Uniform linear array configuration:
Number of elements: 64
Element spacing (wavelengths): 1
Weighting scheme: exponential
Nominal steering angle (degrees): -60
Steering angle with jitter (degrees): -61.489
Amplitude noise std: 0.05
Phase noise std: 0.05

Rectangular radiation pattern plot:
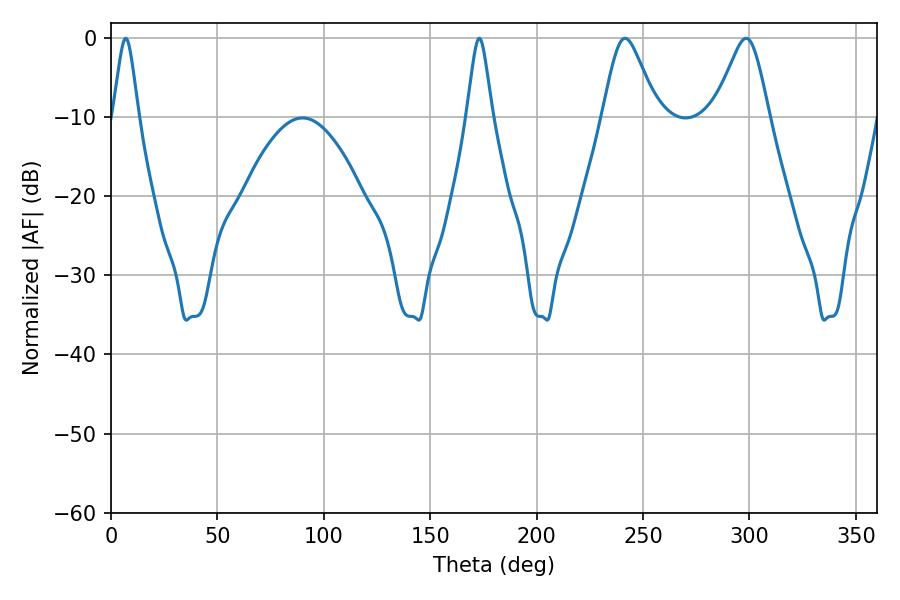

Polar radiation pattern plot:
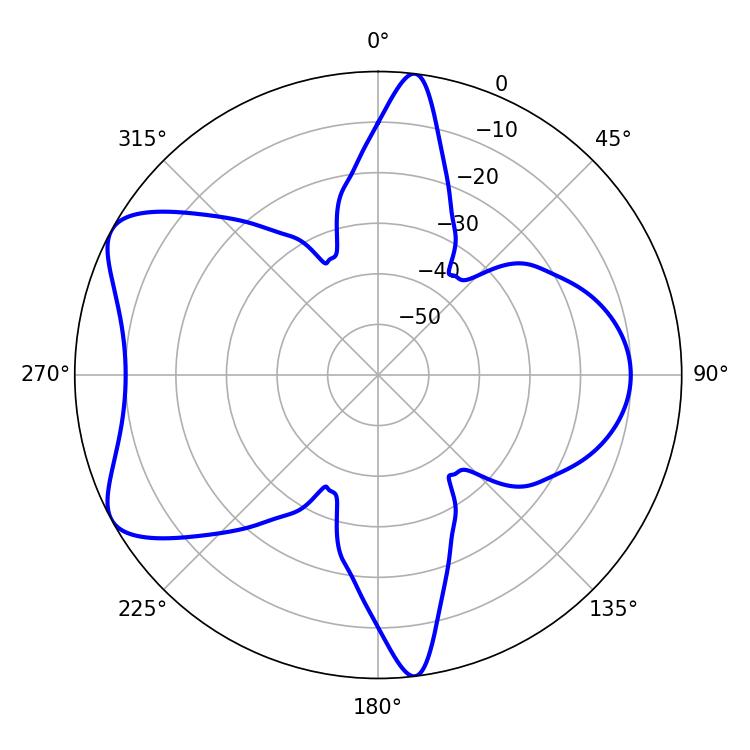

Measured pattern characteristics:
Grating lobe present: TRUE
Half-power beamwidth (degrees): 12.42
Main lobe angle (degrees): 241.56